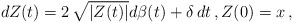
\begin{align*}dZ(t) = 2\,\sqrt{|Z(t)|}d\beta(t) + \delta\,dt\,, Z(0)=x\,,\end{align*}